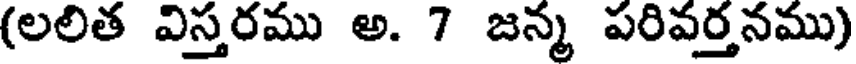
(లలిత విస్తరము అ. 7 జన్మ పరివర్తనము)